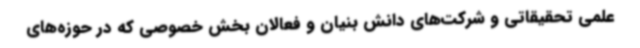
علمی تحقیقاتی و شرکت‌های دانش بنیان و فعالان بخش خصوصی که در حوزه‌های